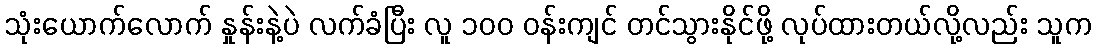
သုံးယောက်လောက် နှုန်းနဲ့ပဲ လက်ခံပြီး လူ ၁၀၀ ဝန်းကျင် တင်သွားနိုင်ဖို့ လုပ်ထားတယ်လို့လည်း သူက